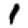
Digit: 1